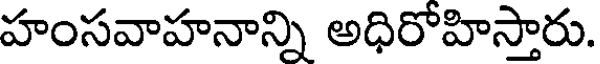
హంసవాహనాన్ని అధిరోహిస్తారు.